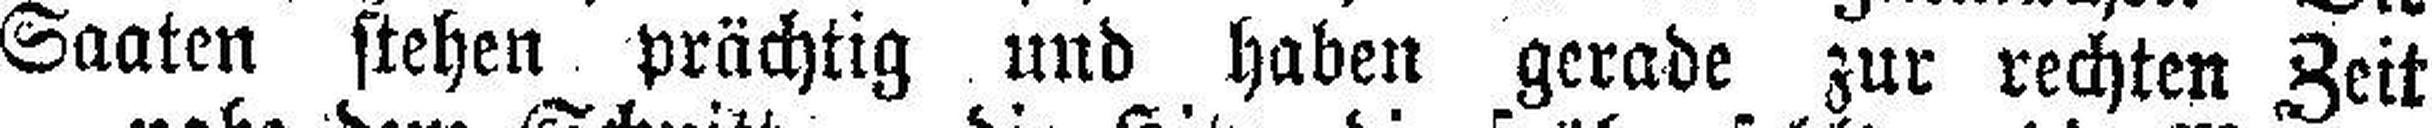
Saaten stehen prächtig und haben gerade zur rechten Zeit